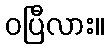
ဝပြီလား။